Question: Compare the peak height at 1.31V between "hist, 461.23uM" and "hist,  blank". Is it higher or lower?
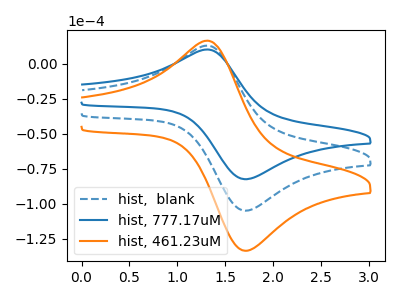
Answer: <think>The blue dashed curve "hist,  blank" has an anodic peak at (1.30V, 12.95uA) and a cathodic peak at (1.75V, -104.95uA). The blue curve "hist, 777.17uM" has an anodic peak at (1.30V, 10.15uA) and a cathodic peak at (1.75V, -82.45uA). The orange curve "hist, 461.23uM" has an anodic peak at (1.30V, 25.85uA) and a cathodic peak at (1.75V, -209.90uA).</think>
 <answer>The peak at 1.31V is higher in "hist, 461.23uM" than in "hist,  blank".</answer>
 <eval>higher</eval>